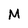
Character: M